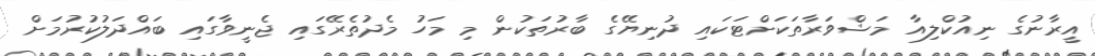
އީރާނުގެ ނިއުކްލިއާ މަޝްވަރާތަކަށްޓަކައި ދުނިޔޭގެ ބާރުތަކުން މި މަހު މެދުތެރޭގައި ޖެނީވާގައި ބައްދަލުކުރުމަށް